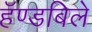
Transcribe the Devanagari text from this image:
हॅण्डबिले